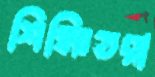
শিক্ষিতরা